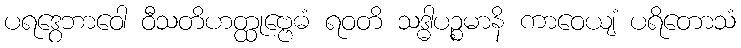
ပရဒွေဘာဝေါ ဝီသတိဟတ္ထုဗ္ဗေဓံ ရဝတိ သဒ္ဓါပဉ္စမာနိ ကာဝေယျံ ပရိတောသံ